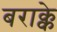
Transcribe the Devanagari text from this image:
बराक्के